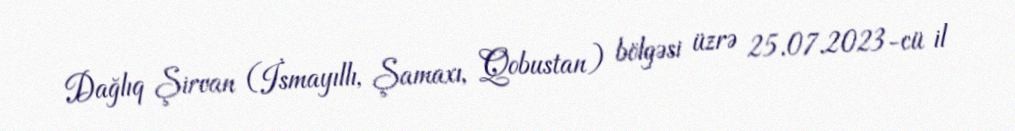
Dağlıq Şirvan (İsmayıllı, Şamaxı, Qobustan) bölgəsi üzrə 25.07.2023-cü il